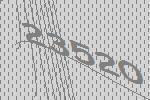
23520